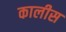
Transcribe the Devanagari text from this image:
कालीस